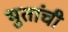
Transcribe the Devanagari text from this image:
भुतांची